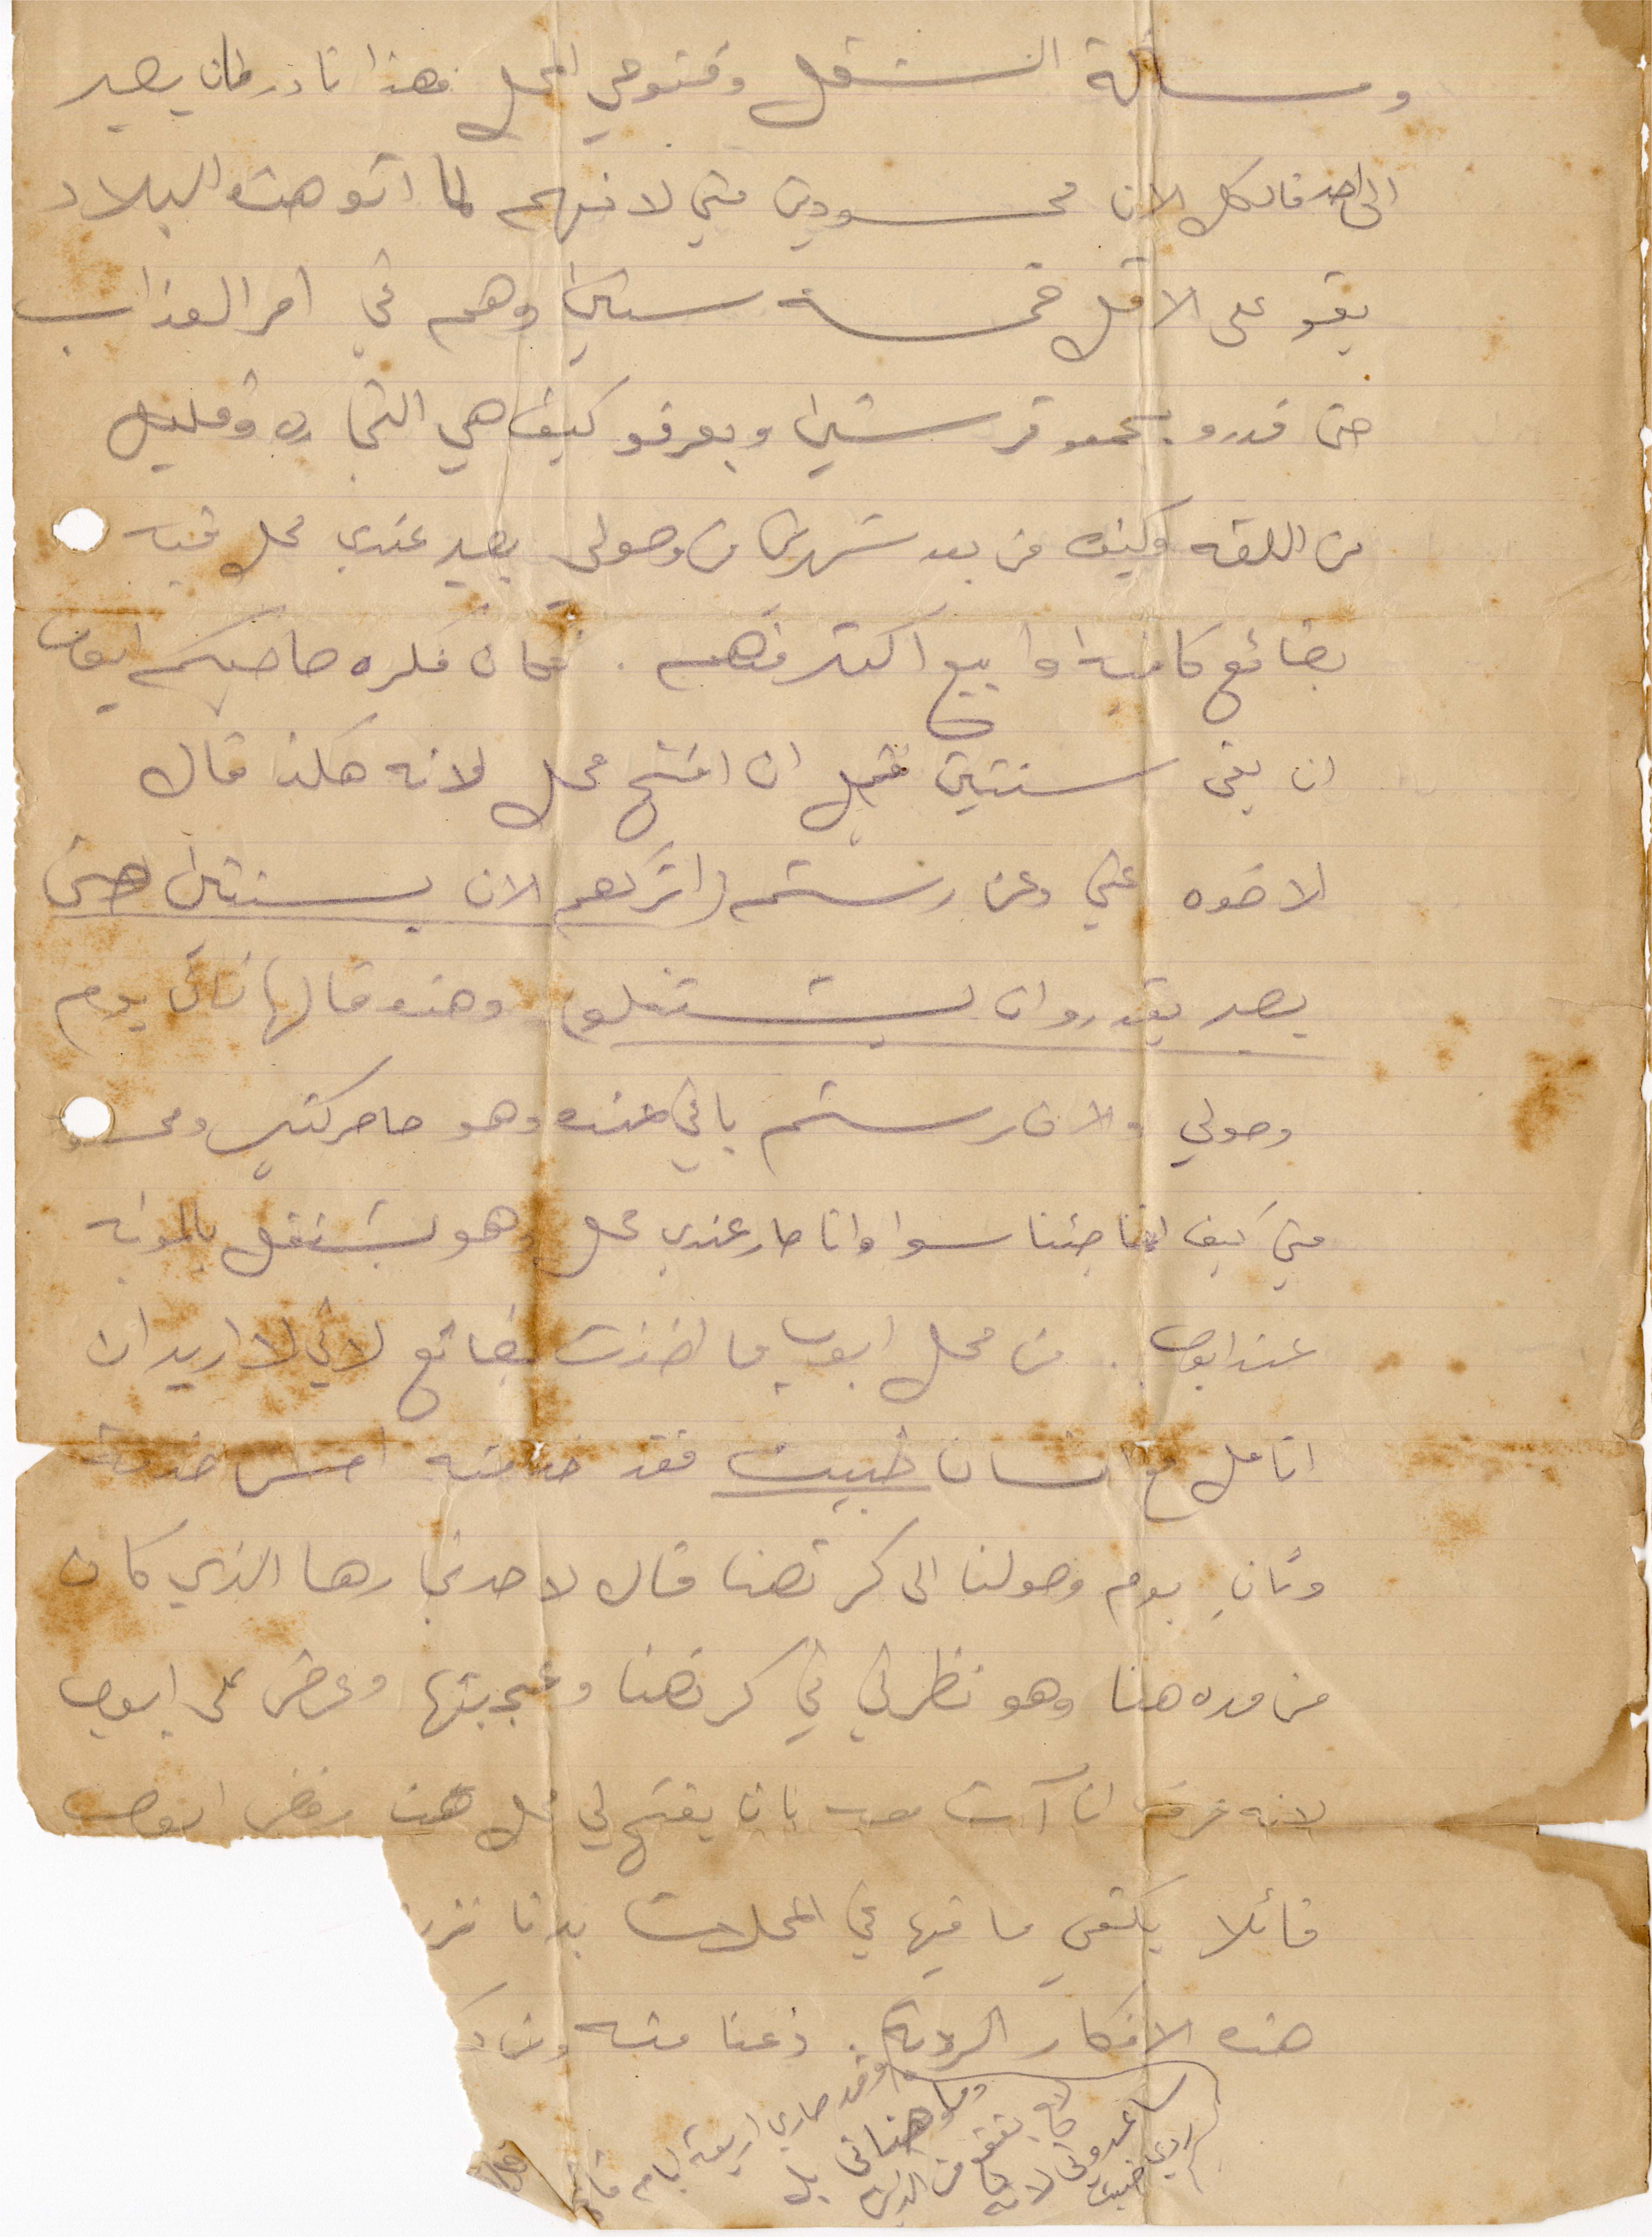
ومسألة الشغل وفتوحي المحل فهذا نادر بان يصير
الى احد فالكل الان محسودين مني لانهم لما اتو هذه البلاد
بقو على الأقل خمسة سنين وهم في احر العذاب
حتى قدرو يجمعو قرشين وبعرفو كيف هي التجارة وقليل
من اللغة وكيف من بعد شهرين من وصولي بيصير عندي محل فيه
بضائع كافية وابيع اكتر منهم. فكان فلره صاحبكم أيوب
ان بقي سنتين قبل ان افتح محل لانه هكذا قال
لاخوه عني وعن رستم واتركهم الان بسنتين حتى
يصير يقدرو ان يشتغلو وهذه قالها ثاني يوم
وصولي والان رستم باقي عنده وهو حاصر كتير ومحسود
مني كيف انا جئنا سوا وانا صار عندي محل وهو يشتغل بالمونه
عند أيوب. من محل أيوب ما اخذت بضائع لأني لا اريد ان
اتامل مع انسان خبيث فقد خدمته امس خدمة
وتاني يوم وصولنا الى كرتهنا قال لاحد تجارها الذي كان
من مدة هنا وهو نظرتي في كرتهنا وعجبتها وعرض على أيوب
لانه عرف انا آت معه بان يفتح لي محل هنا رفض أيوب
قائلًا يكفي ما فيها من المحلات بدنا نزرع
هذه الأفكار الردية ذعنا منه ومن